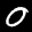
Label: 0